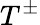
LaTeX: T^{\pm}